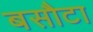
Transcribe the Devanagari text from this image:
बसौटा